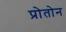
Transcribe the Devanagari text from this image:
प्रोतोन